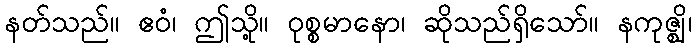
နတ်သည်။ ဧဝံ၊ ဤသို့။ ဝုစ္စမာနော၊ ဆိုသည်ရှိသော်။ နကုဇ္ဈိ၊